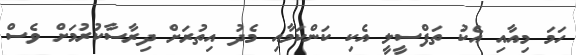
ހަމަ މިއާއި އެކު ތަފްސީލީ އެކި ކަންކަމާއި މެދު އިތުރަށް ދިރާސާކުރުމަށް ވެސް